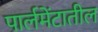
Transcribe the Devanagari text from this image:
पार्लमेंटातील